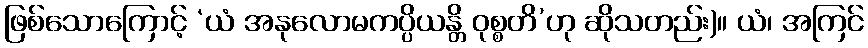
ဖြစ်သောကြောင့် ‘ယံ အနုလောမကပ္ပိယန္တိ ဝုစ္စတိ’ဟု ဆိုသတည်း)။ ယံ၊ အကြင်